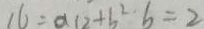
1 6 = \alpha 1 2 + b ^ { 2 } b = 2